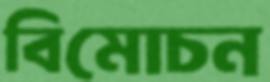
বিমোচন